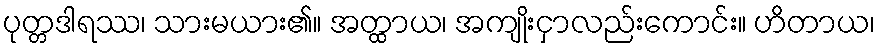
ပုတ္တဒါရဿ၊ သားမယား၏။ အတ္ထာယ၊ အကျိုးငှာလည်းကောင်း။ ဟိတာယ၊